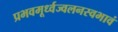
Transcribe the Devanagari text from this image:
प्रभवमूर्ध्वज्वलनस्वभावं